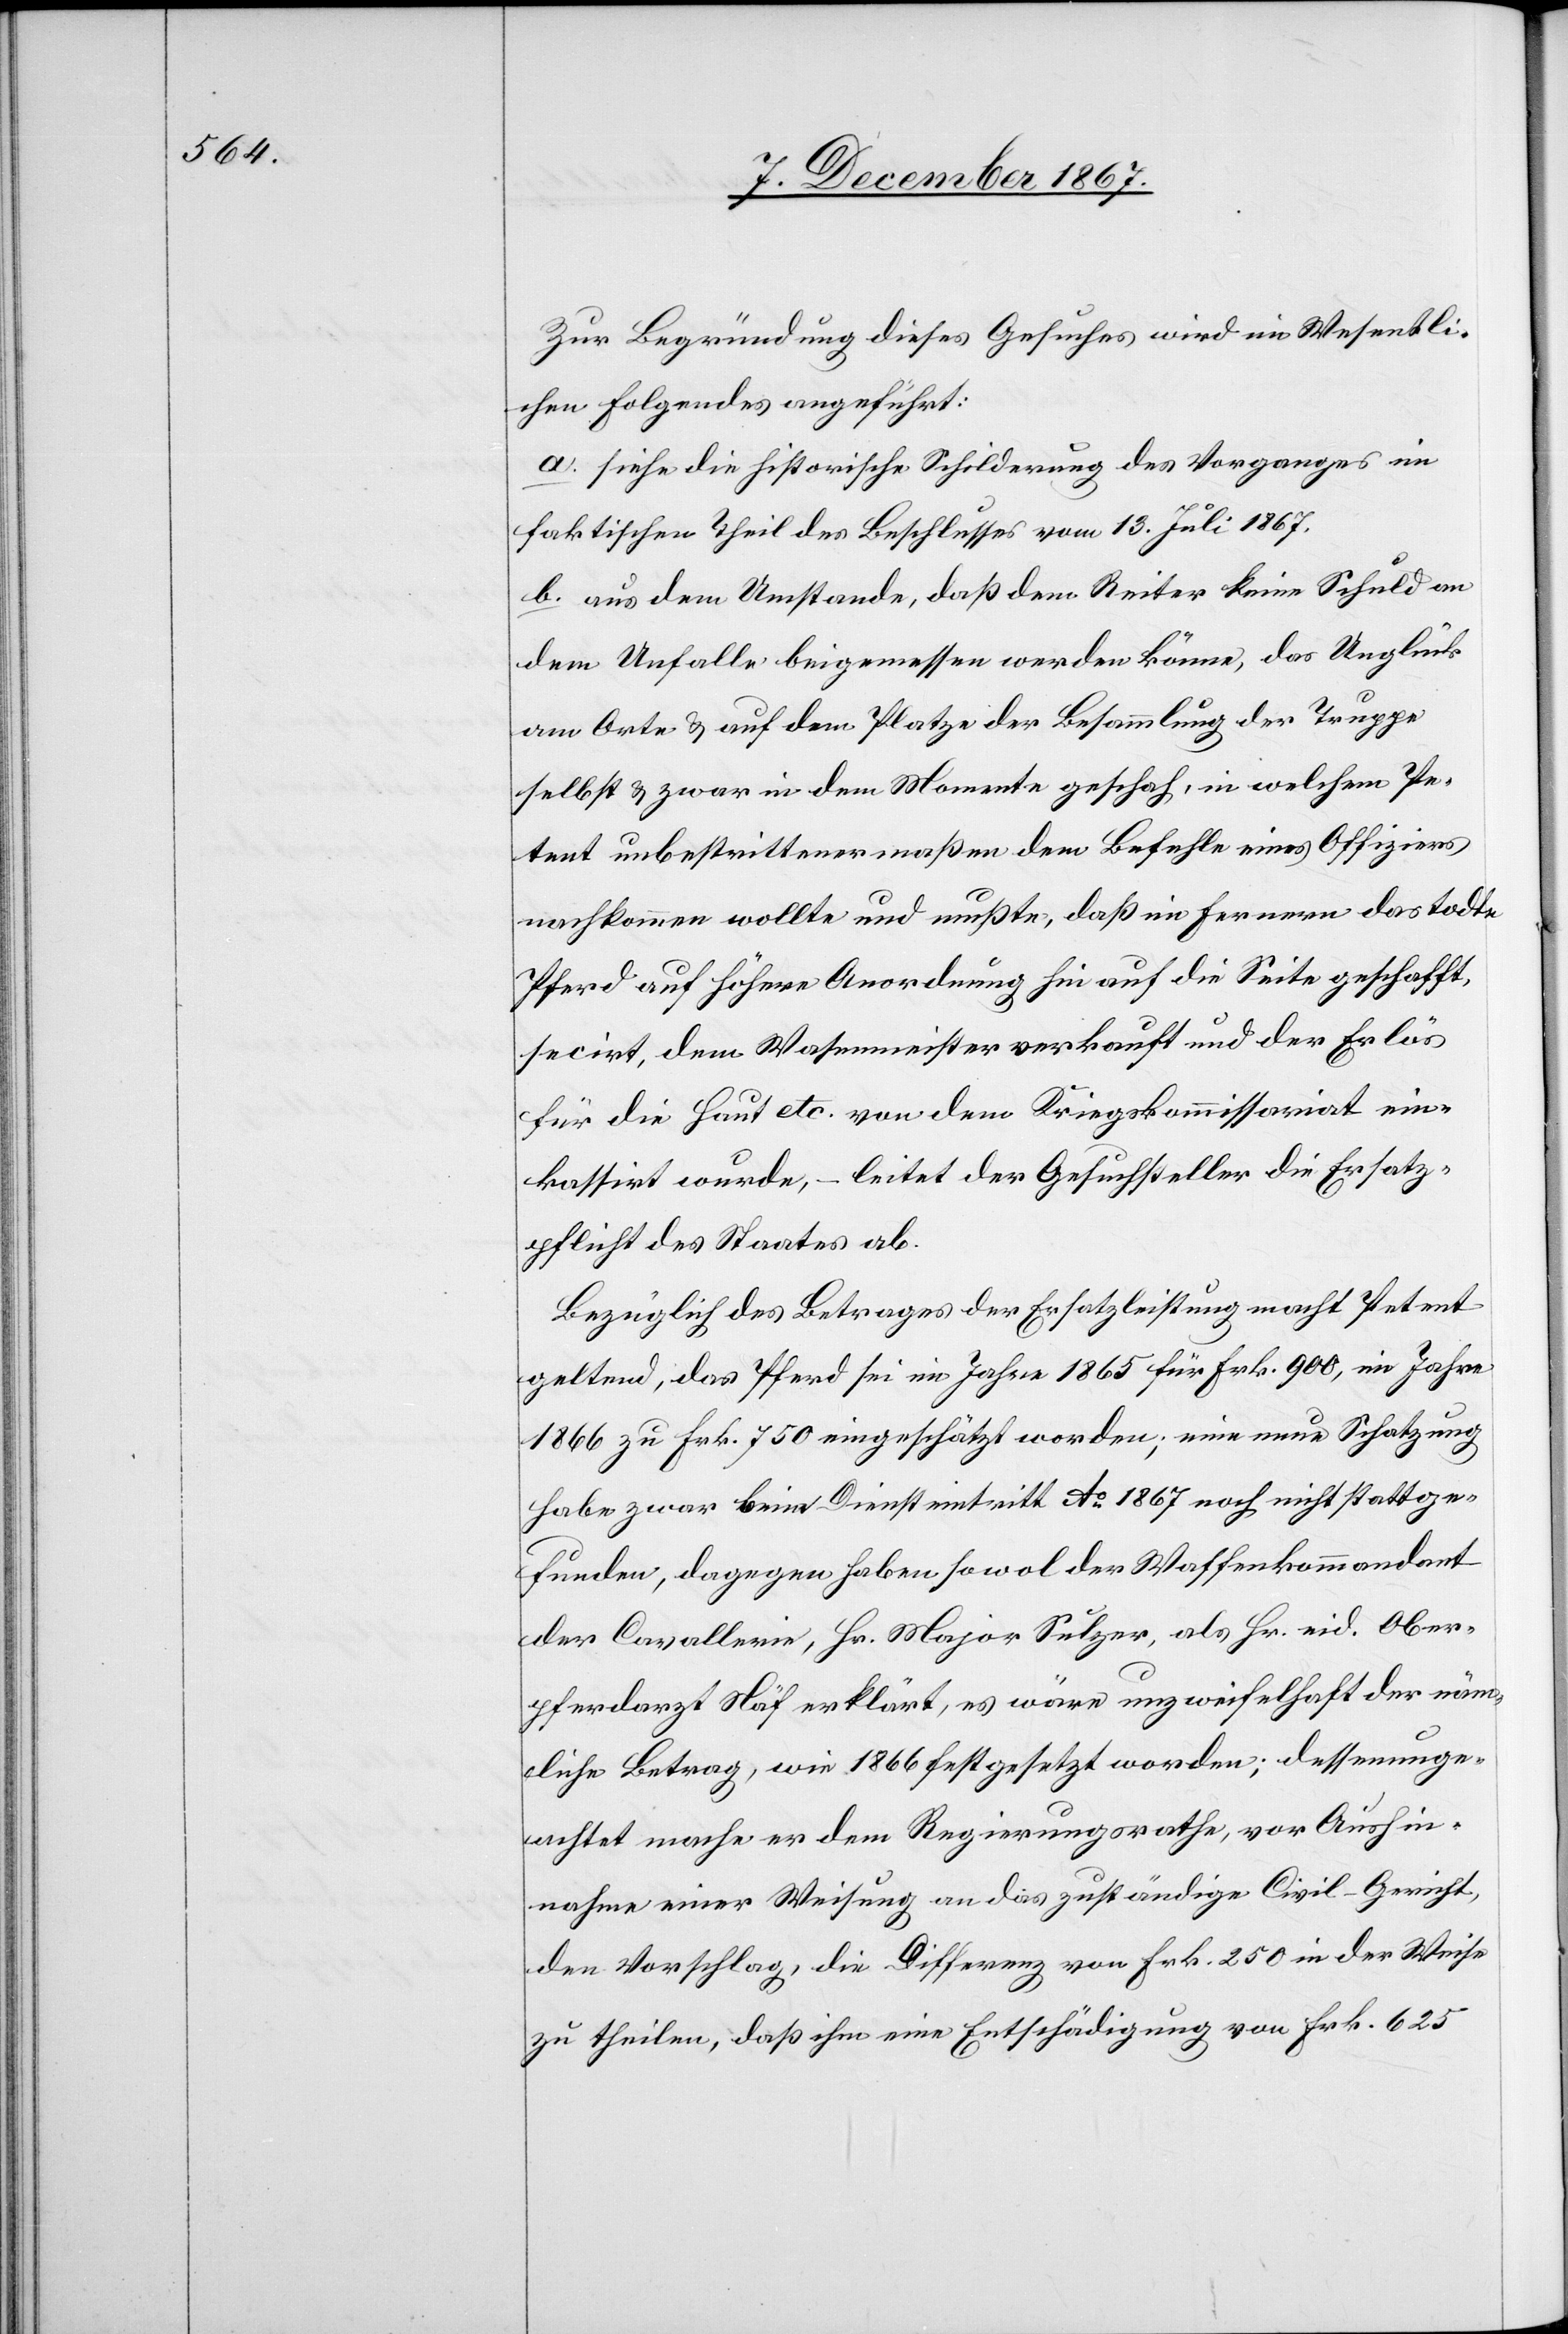
Zur Begründung dieses Gesuches wird im Wesentli¬
chen Folgendes angeführt:
a. siehe die historische Schilderung des Vorganges im
faktischen Theil des Beschlusses vom 13. Juli 1867.
b. aus dem Umstande, daß dem Reiter keine Schuld an
dem Unfalle beigemessen werden könne, das Unglück
am Orte u. auf dem Platze der Besammlung der Truppe
selbst u. zwar in dem Momente geschah, in welchem Pe¬
tent unbestrittenermaßen dem Befehle eines Offiziers
nachkommen wollte und mußte, daß im Fernern das todte
Pferd auf höhere Anordnung hin auf die Seite geschafft,
secirt, dem Wasenmeister verkauft und der Erlös
für die Haut etc. von dem Kriegskommissariat ein¬
kassirt wurde, – leitet der Gesuchsteller die Ersatz¬
pflicht des Staates ab.
Bezüglich des Betrages der Ersatzleistung macht Petent
geltend, das Pferd sei im Jahre 1865 für Frk. 900, im Jahre
1866 zu Frk. 750 eingeschätzt worden; eine neue Schatzung
habe zwar beim Diensteintritt Ao. 1867 noch nicht stattge¬
funden, dagegen haben sowol der Waffenkommandant
der Cavallerie, Hr. Major Sulzer, als Hr. eid. Ober¬
pferdarzt Näf erklärt, es wäre unzweifelhaft der näm¬
liche Betrag, wie 1866 festgesetzt worden; dessenunge¬
achtet mache er dem Regierungsrathe, vor Aushin¬
nahme einer Weisung an das zuständige Civil-Gericht,
den Vorschlag, die Differenz von Frk. 250 in der Weise
zu theilen, daß ihm eine Entschädigung von Frk. 625